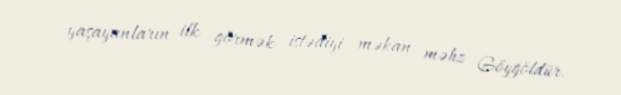
yaşayanların ilk görmək istədiyi məkan məhz Göygöldür.